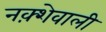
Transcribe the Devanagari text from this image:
नक़्शेवाली